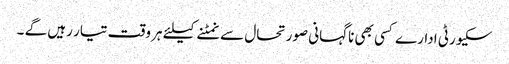
سکیورٹی ادارے کسی بھی ناگہانی صورتحال سے نمٹنے کیلئے ہر وقت تیار رہیں گے ۔